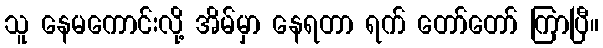
သူ နေမကောင်းလို့ အိမ်မှာ နေရတာ ရက် တော်တော် ကြာပြီ။